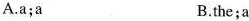
A.a;a B.the;a